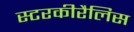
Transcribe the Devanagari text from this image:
स्टरकीरैलिस